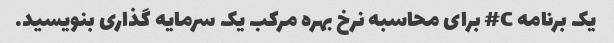
یک برنامه C# برای محاسبه نرخ بهره مرکب یک سرمایه گذاری بنویسید.